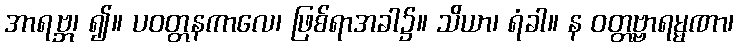
အာရဗ္ဘ၊ ၍။ ပဝတ္တနကာလေ၊ ဖြစ်ရာအခါ၌။ သိယာ၊ ရံခါ။ န ဝတ္တဗ္ဗာရမ္မဏာ၊